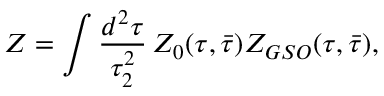
Z = \int \frac { d ^ { 2 } \tau } { \tau _ { 2 } ^ { 2 } } \, Z _ { 0 } ( \tau , \bar { \tau } ) Z _ { G S O } ( \tau , \bar { \tau } ) ,